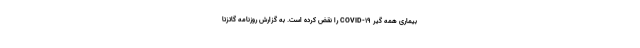
بیماری همه گیر COVID-۱۹ را نقض کرده است. به گزارش روزنامه گاتزتا